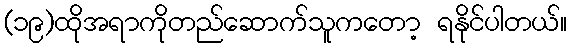
(၁၉)ထိုအရာကိုတည်ဆောက်သူကတော့ ရနိုင်ပါတယ်။